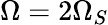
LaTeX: \Omega=2\Omega_{S}